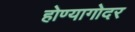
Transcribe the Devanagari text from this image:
होण्यागोदर